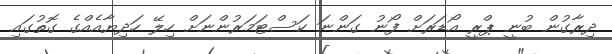
ދިރާގުން ބުނީ ޕްރީ އޯޑަރަށް ފޯނު ގަންނަ ކަސްޓަމަރުންނަށް ހިލޭ ހަދިޔާއެއްގެ ގޮތުގައި